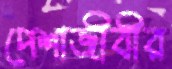
পেশাজীবীর